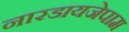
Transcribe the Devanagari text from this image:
नारडायजेपाम